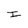
Character: I